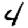
Digit: 4